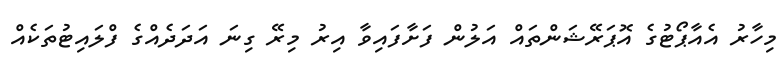
މިހާރު އެއާޕޯޓުގެ އޮޕަރޭޝަންތައް އަލުން ފަށާފައިވާ އިރު މިރޭ ގިނަ އަދަދެއްގެ ފްލައިޓުތަކެއް